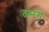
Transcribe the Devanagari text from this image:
तमंग